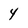
Character: 4